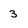
Character: 3